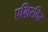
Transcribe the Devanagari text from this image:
एग़िरदिर